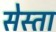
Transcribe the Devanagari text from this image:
सेस्ता